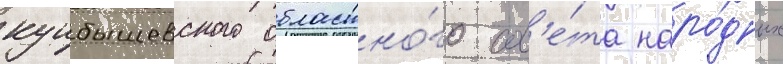
куибышевского областно́го сов'е́та наро́дных